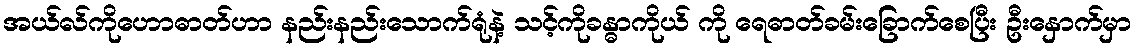
အယ်လ်ကိုဟောဓာတ်ဟာ နည်းနည်းသောက်ရုံနဲ့ သင့်ကိုခန္ဓာကိုယ် ကို ရေဓာတ်ခမ်းခြောက်စေပြီး ဦးနှောက်မှာ